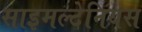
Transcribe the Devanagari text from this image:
साइमल्टेनियस